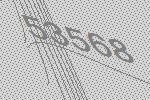
53568